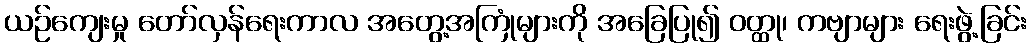
ယဉ်ကျေးမှု တော်လှန်ရေးကာလ အတွေ့အကြုံများကို အခြေပြု၍ ဝတ္ထု၊ ကဗျာများ ရေးဖွဲ့ခြင်း